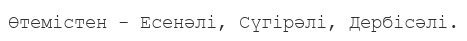
Өтемістен - Есенәлі, Сүгірәлі, Дербісәлі.